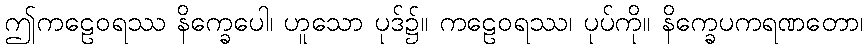
ဤကဠေဝရဿ နိက္ခေပေါ၊ ဟူသော ပုဒ်၌။ ကဠေဝရဿ၊ ပုပ်ကို။ နိက္ခေပကရဏတော၊